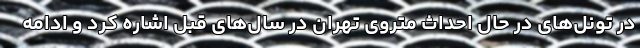
در تونل‌های در حال احداث متروی تهران در سال‌های قبل اشاره کرد و ادامه